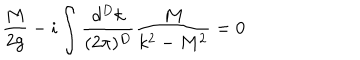
LaTeX: \frac { M } { 2 g } - i \int \frac { d ^ { D } k } { ( 2 \pi ) ^ { D } } \frac { M } { k ^ { 2 } - M ^ { 2 } } = 0